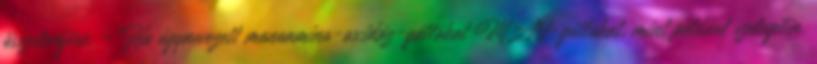
összetevőjére. - Ha úgynevezett monoamino-oxidáz-gátlókat MAO-gátlókat, mint például szelegilin,